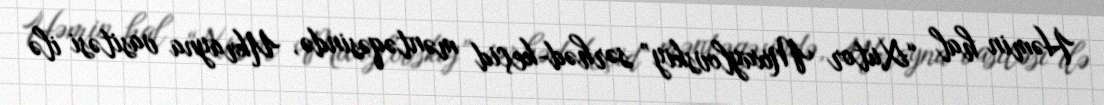
Həmin hal “Xutor Mixaylovskiy” sərhəd-keçid məntəqəsində, Ukrayna vasitəsi ilə